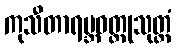
ကုသီတာရမ္ဘဝတ္ထုသုတ္တံ